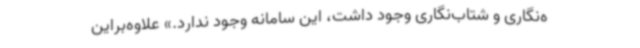
ه‌نگاری و شتاب‌نگاری وجود داشت، این سامانه وجود ندارد.» علاوه‌براین